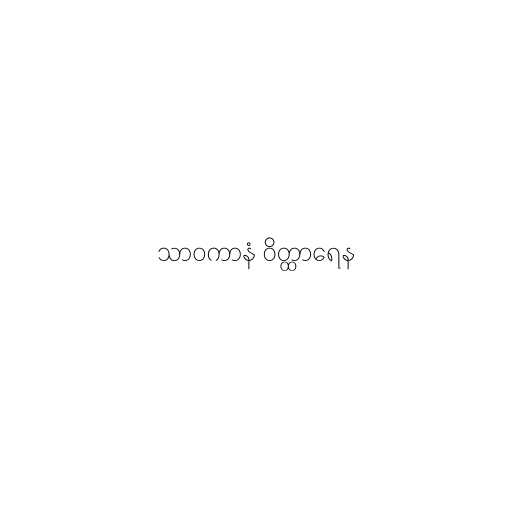
သာဝကာနံ ဝိတ္ထာရေန